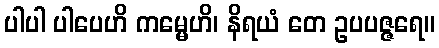
ပါပါ ပါပေဟိ ကမ္မေဟိ၊ နိရယံ တေ ဥပပဇ္ဇရေ။